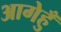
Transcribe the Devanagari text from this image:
आगेहुँ